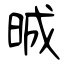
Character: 晠